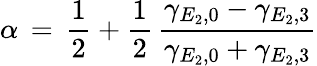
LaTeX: \alpha\, =\, \frac{1}{2}+\frac{1}{2}\, \frac{\gamma_{E_{2},0}-\gamma_{E_{2},3}}{\gamma_{E_{2},0}+\gamma_{E_{2},3}}